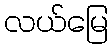
လယ်မြေ